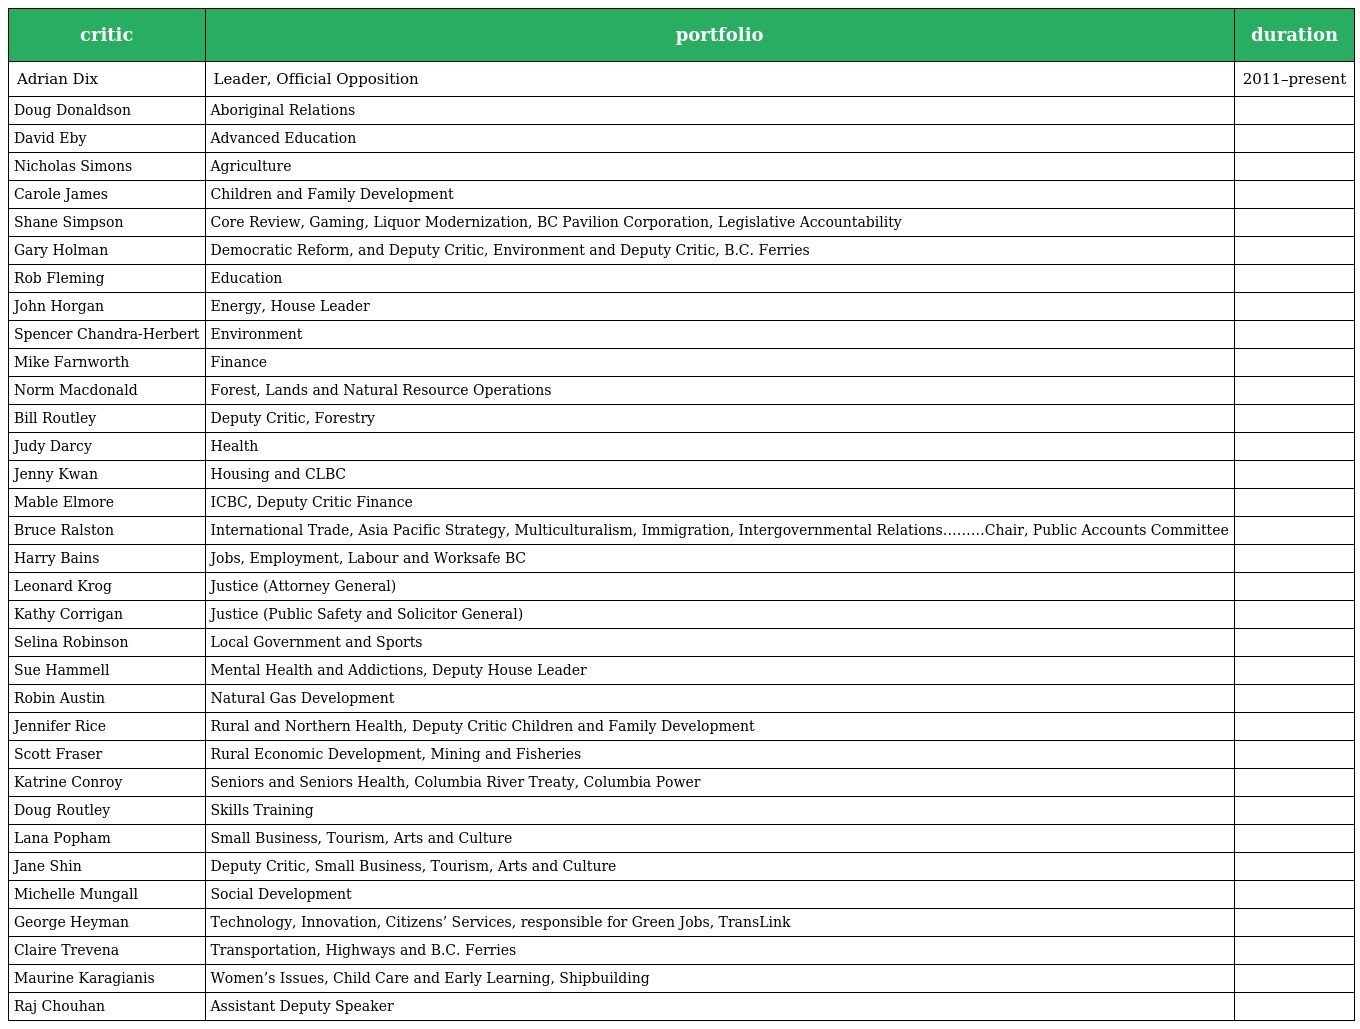
| critic | portfolio | duration |
 | --- | --- | --- |
 | Adrian Dix | Leader, Official Opposition | 2011–present |
 | Doug Donaldson | Aboriginal Relations |  |
 | David Eby | Advanced Education |  |
 | Nicholas Simons | Agriculture |  |
 | Carole James | Children and Family Development |  |
 | Shane Simpson | Core Review, Gaming, Liquor Modernization, BC Pavilion Corporation, Legislative Accountability |  |
 | Gary Holman | Democratic Reform, and Deputy Critic, Environment and Deputy Critic, B.C. Ferries |  |
 | Rob Fleming | Education |  |
 | John Horgan | Energy, House Leader |  |
 | Spencer Chandra-Herbert | Environment |  |
 | Mike Farnworth | Finance |  |
 | Norm Macdonald | Forest, Lands and Natural Resource Operations |  |
 | Bill Routley | Deputy Critic, Forestry |  |
 | Judy Darcy | Health |  |
 | Jenny Kwan | Housing and CLBC |  |
 | Mable Elmore | ICBC, Deputy Critic Finance |  |
 | Bruce Ralston | International Trade, Asia Pacific Strategy, Multiculturalism, Immigration, Intergovernmental Relations………Chair, Public Accounts Committee |  |
 | Harry Bains | Jobs, Employment, Labour and Worksafe BC |  |
 | Leonard Krog | Justice (Attorney General) |  |
 | Kathy Corrigan | Justice (Public Safety and Solicitor General) |  |
 | Selina Robinson | Local Government and Sports |  |
 | Sue Hammell | Mental Health and Addictions, Deputy House Leader |  |
 | Robin Austin | Natural Gas Development |  |
 | Jennifer Rice | Rural and Northern Health, Deputy Critic Children and Family Development |  |
 | Scott Fraser | Rural Economic Development, Mining and Fisheries |  |
 | Katrine Conroy | Seniors and Seniors Health, Columbia River Treaty, Columbia Power |  |
 | Doug Routley | Skills Training |  |
 | Lana Popham | Small Business, Tourism, Arts and Culture |  |
 | Jane Shin | Deputy Critic, Small Business, Tourism, Arts and Culture |  |
 | Michelle Mungall | Social Development |  |
 | George Heyman | Technology, Innovation, Citizens’ Services, responsible for Green Jobs, TransLink |  |
 | Claire Trevena | Transportation, Highways and B.C. Ferries |  |
 | Maurine Karagianis | Women’s Issues, Child Care and Early Learning, Shipbuilding |  |
 | Raj Chouhan | Assistant Deputy Speaker |  |